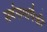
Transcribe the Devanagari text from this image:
सर्वनामांपैकी